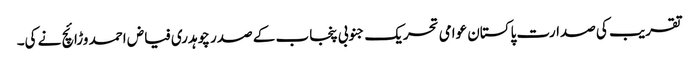
تقریب کی صدارت پاکستان عوامی تحریک جنوبی پنجاب کے صدر چوہدری فیاض احمد وڑائچ نے کی۔